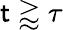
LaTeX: \mathsf{t}\gtrapprox\tau